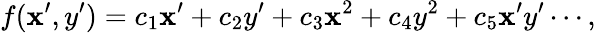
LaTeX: f(\mathbf{x}^{\prime},y^{\prime})=c_{1}\mathbf{x}^{\prime}+c_{2}y^{\prime}+c_{3}\mathbf{x}^{2}+c_{4}y^{2}+c_{5}\mathbf{x}^{\prime}y^{\prime}\cdots,